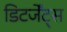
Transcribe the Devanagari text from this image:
डिटर्जेंट्स